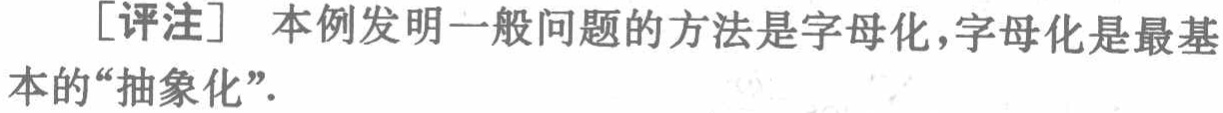
[评注] 本例发明一般问题的方法是字母化，字母化是最基本的“抽象化”.